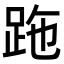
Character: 𧿶